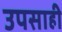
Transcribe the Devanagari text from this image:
उपसाही